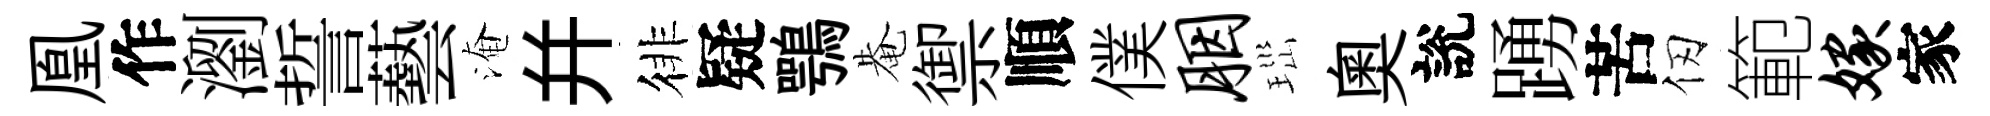
凰作瀏誓藝淹幷徘疑鶚𤲅禦順僕胭𤤼奧說踴苦仞範嫁家